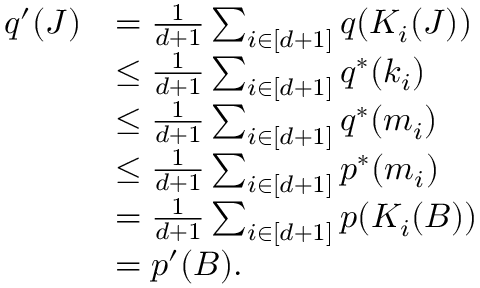
\begin{array} { r l } { q ^ { \prime } ( J ) } & { = \frac { 1 } { d + 1 } \sum _ { i \in [ d + 1 ] } q ( K _ { i } ( J ) ) } \\ & { \leq \frac { 1 } { d + 1 } \sum _ { i \in [ d + 1 ] } q ^ { * } ( k _ { i } ) } \\ & { \leq \frac { 1 } { d + 1 } \sum _ { i \in [ d + 1 ] } q ^ { * } ( m _ { i } ) } \\ & { \leq \frac { 1 } { d + 1 } \sum _ { i \in [ d + 1 ] } p ^ { * } ( m _ { i } ) } \\ & { = \frac { 1 } { d + 1 } \sum _ { i \in [ d + 1 ] } p ( K _ { i } ( B ) ) } \\ & { = p ^ { \prime } ( B ) . } \end{array}